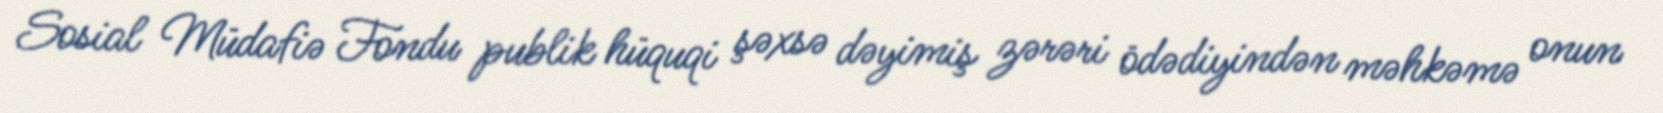
Sosial Müdafiə Fondu publik hüquqi şəxsə dəyimiş zərəri ödədiyindən məhkəmə onun